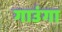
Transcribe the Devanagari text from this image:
गाउंगा